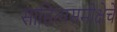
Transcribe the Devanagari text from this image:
साहित्यसमीक्षेचे